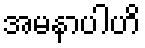
အမနာပါဟိ